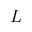
L